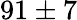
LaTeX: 91\pm 7